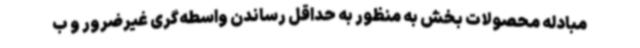
مبادله محصولات بخش به منظور به حداقل رساندن واسطه‌گری غیرضرور و ب